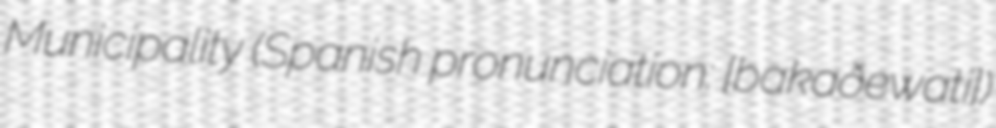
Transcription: Municipality (Spanish pronunciation: [bakaˈðewatʃi])